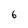
Character: 6